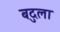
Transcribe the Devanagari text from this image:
बदुला